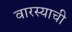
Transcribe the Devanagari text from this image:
वारस्याची